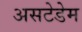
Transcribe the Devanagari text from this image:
असटेडेम